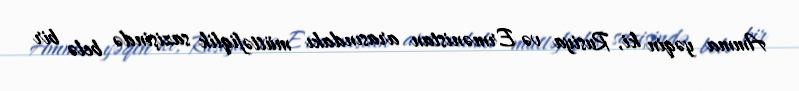
Amma yəqin ki, Rusiya və Ermənistan arasındakı müttəfiqlik sazişində belə bir